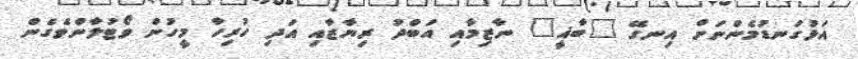
އަޅުގަނޑުމެންނަށް އިނގޭ "ބާޣީ" ނާޒިމާއި އަބްދު ރިޔާޒާއި އަދި ހުރިހާ މީހުން ވޯޓުލާންވެގެން